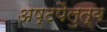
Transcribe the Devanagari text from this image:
अष्टपैलुत्व